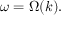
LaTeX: \omega = \Omega ( k ) .